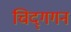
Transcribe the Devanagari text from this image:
चिद्‌गगन